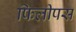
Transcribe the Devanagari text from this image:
फिलीपस